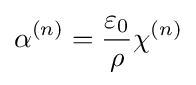
\alpha ^{(n)}={\frac {\varepsilon _{0}}{\rho }}\chi ^{(n)}